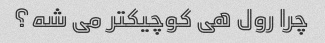
چرا رول هی کوچیکتر می شه؟